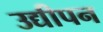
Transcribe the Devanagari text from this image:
उद्यीपन